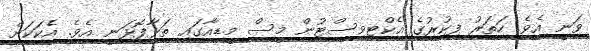
ވަނީ އެވެ. ހަތަރު ފިކުރުގެ އެކްޓިވިސްޓުން މީސް މީޑިއާގައި ތަޅާފޮޅަނީ އެވެ. އެކަކަށް